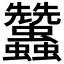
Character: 𧖟